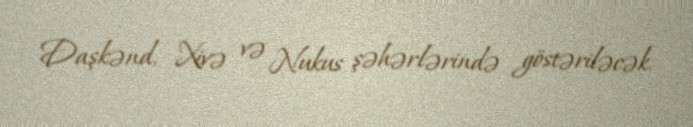
Daşkənd, Xivə və Nukus şəhərlərində göstəriləcək.